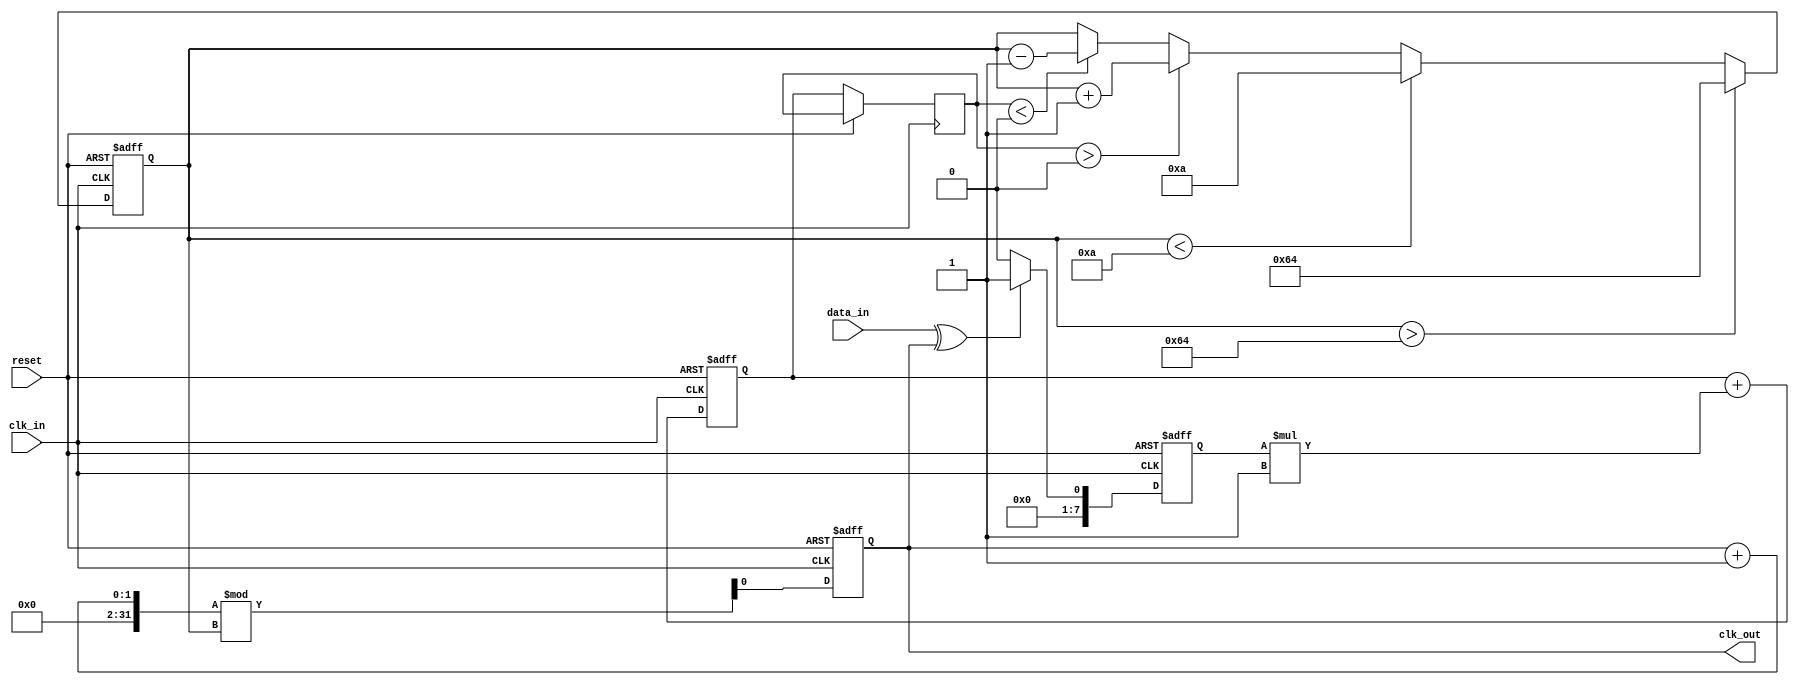
module clock_recovery_pll (
    input wire clk_in,        // Incoming data clock
    input wire data_in,       // Incoming data signal
    input wire reset,         // Reset signal
    output reg clk_out        // Output clock signal
);

// Parameters for PLL
parameter integer VCO_MAX_FREQ = 100; // Max frequency for VCO
parameter integer VCO_MIN_FREQ = 10;   // Min frequency for VCO
parameter integer LOOP_FILTER_GAIN = 1; // Gain for loop filter

// Internal signals
reg [7:0] phase_error;       // Phase error signal
reg [7:0] control_voltage;    // Control voltage for VCO
reg [7:0] vco_frequency;      // Current frequency of VCO
reg [7:0] loop_filter_output; // Output of loop filter

// Phase Detector (PD)
always @(posedge clk_in or posedge reset) begin
    if (reset) begin
        phase_error <= 0;
    end else begin
        // Simple XOR phase detector
        phase_error <= (data_in ^ clk_out) ? 1 : 0; // 1 if phase difference detected
    end
end

// Loop Filter (LF)
always @(posedge clk_in or posedge reset) begin
    if (reset) begin
        loop_filter_output <= 0;
    end else begin
        // Simple first-order loop filter
        loop_filter_output <= loop_filter_output + (phase_error * LOOP_FILTER_GAIN);
        control_voltage <= loop_filter_output; // Update control voltage
    end
end

// Voltage-Controlled Oscillator (VCO)
always @(posedge clk_in or posedge reset) begin
    if (reset) begin
        vco_frequency <= VCO_MIN_FREQ; // Initialize VCO frequency
        clk_out <= 0;                  // Initialize output clock
    end else begin
        // Adjust VCO frequency based on control voltage
        if (control_voltage > 0) begin
            vco_frequency <= vco_frequency + 1; // Increase frequency
        end else if (control_voltage < 0) begin
            vco_frequency <= vco_frequency - 1; // Decrease frequency
        end
        
        // Limit VCO frequency to max/min
        if (vco_frequency > VCO_MAX_FREQ) begin
            vco_frequency <= VCO_MAX_FREQ;
        end else if (vco_frequency < VCO_MIN_FREQ) begin
            vco_frequency <= VCO_MIN_FREQ;
        end
        
        // Generate output clock based on VCO frequency
        clk_out <= (clk_out + 1) % vco_frequency; // Simple clock generation
    end
end

endmodule